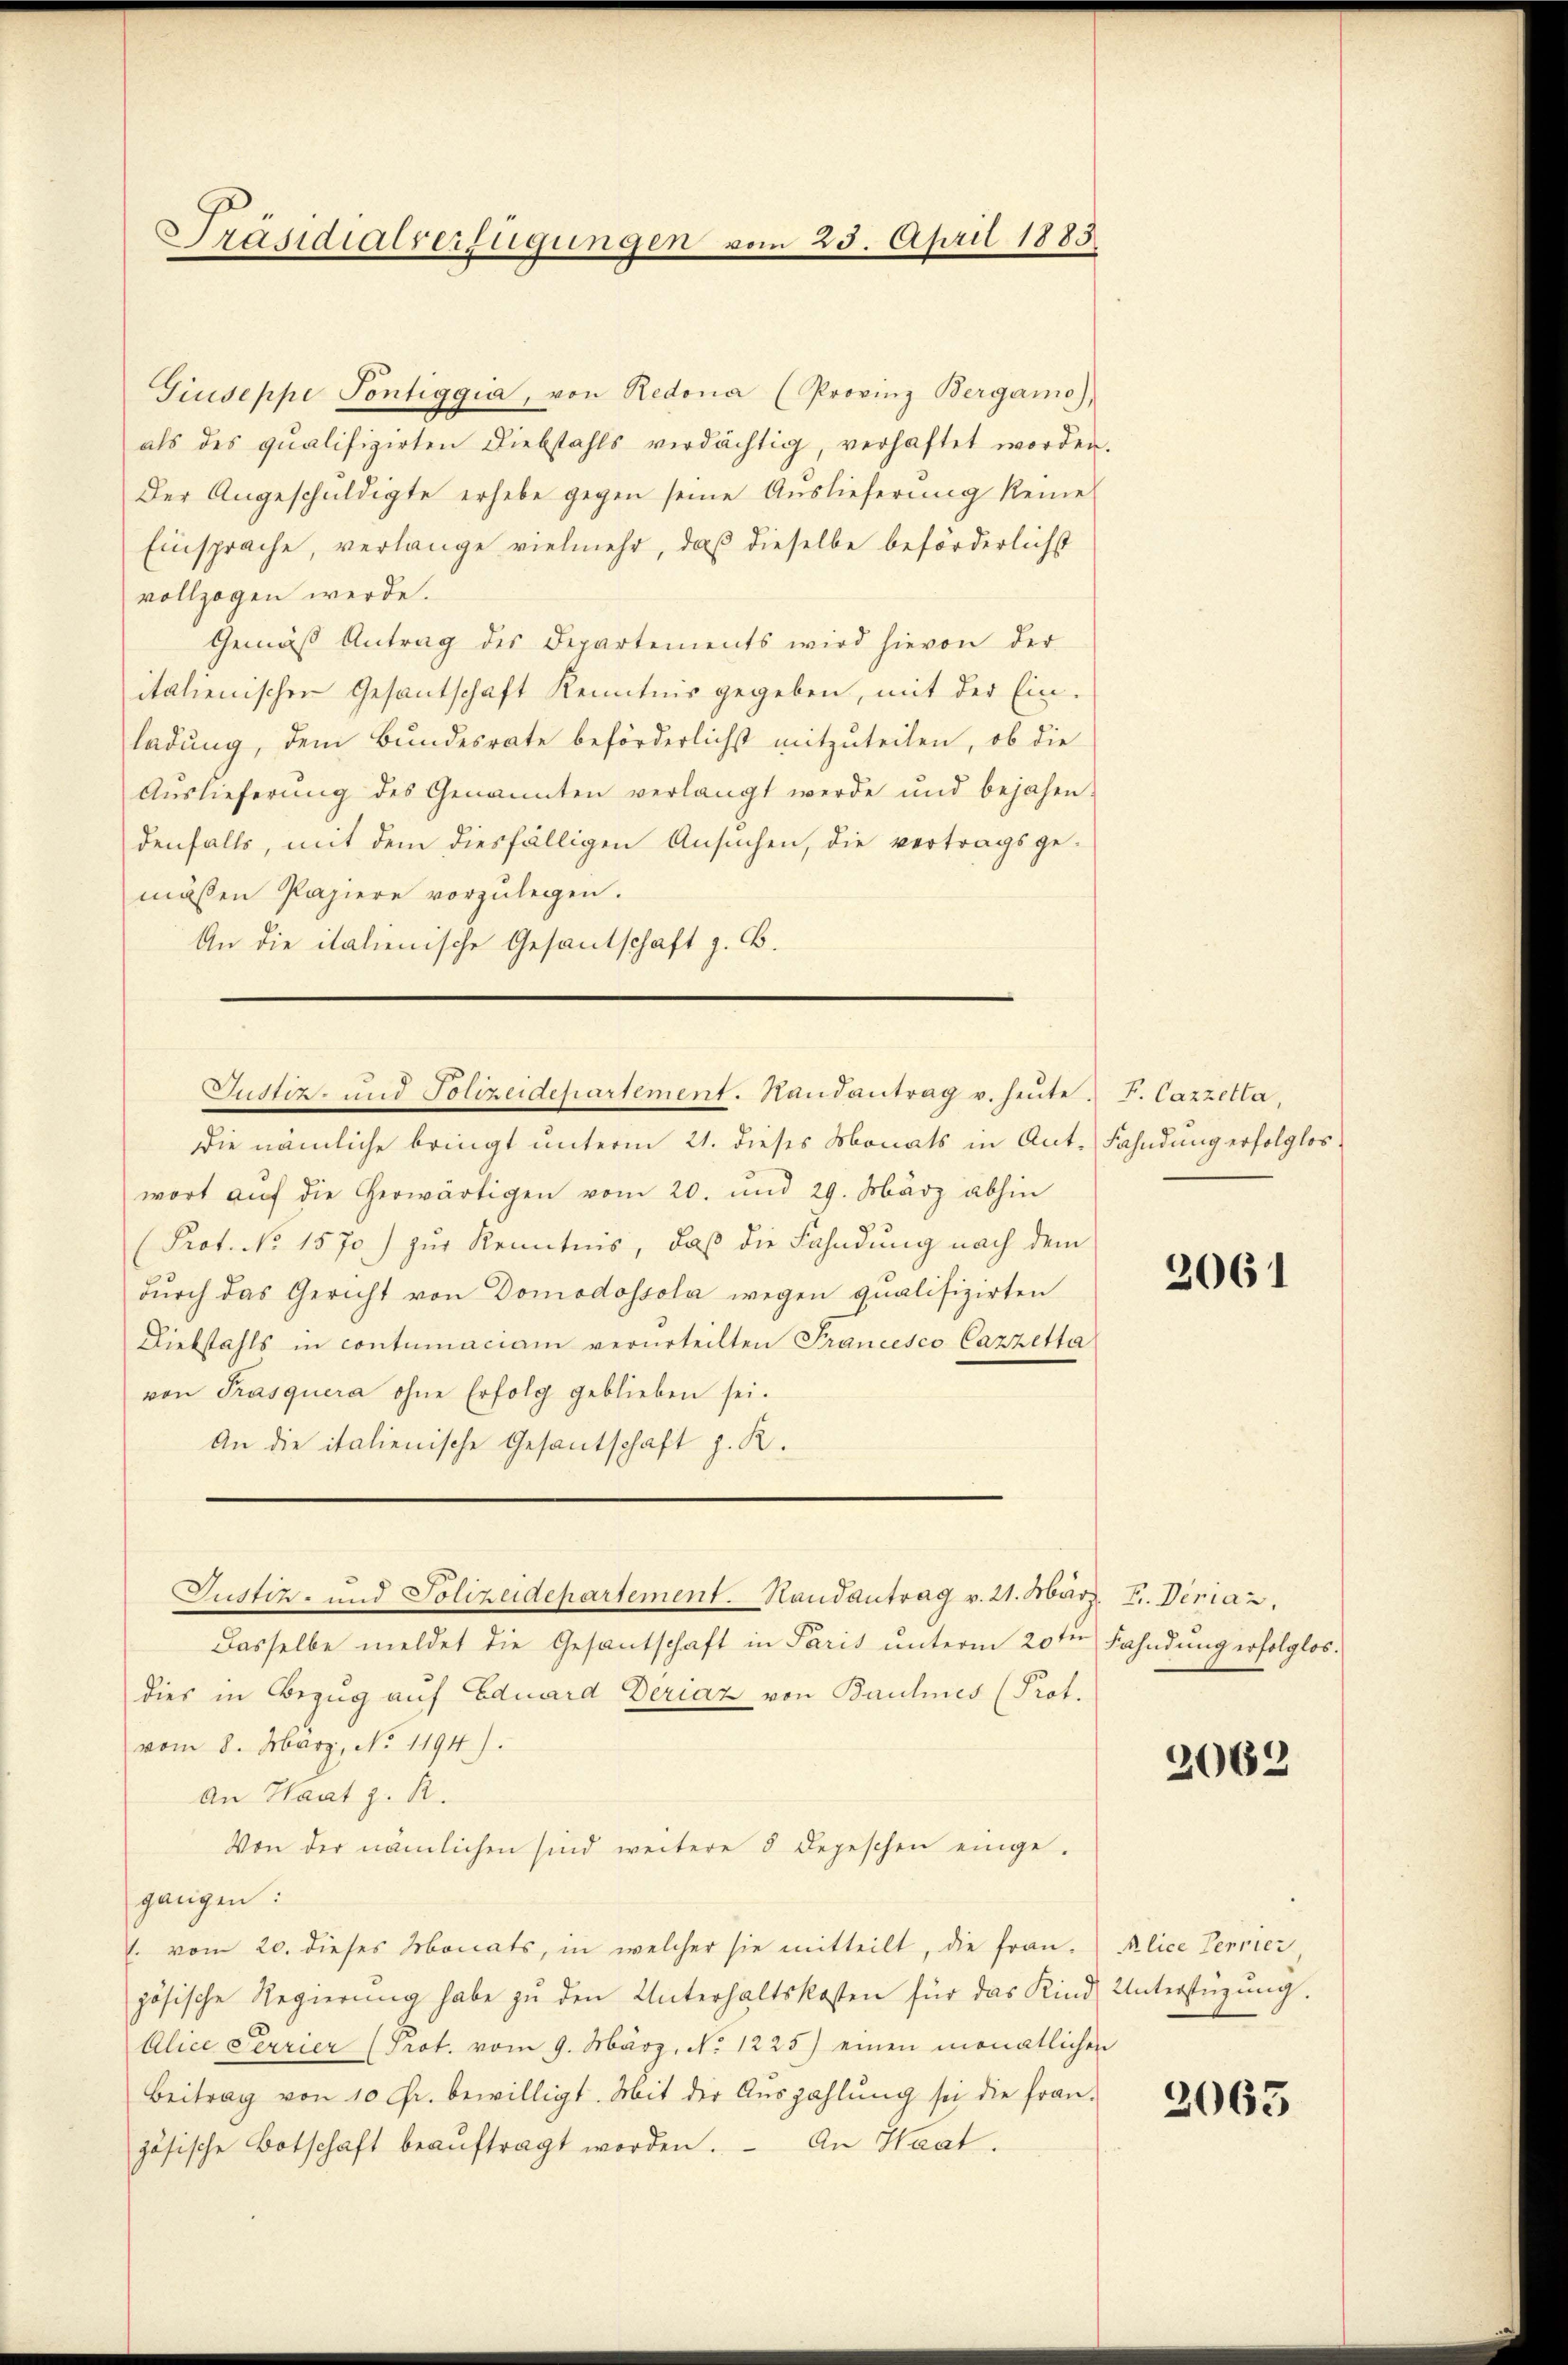
Präsidialverfügungen vom 25. April 1883

Giuseppe Pontiggia, von Redona (Provinz Bergamo),
als des qualifizirten Diebstahls verdächtig, verhaftet worden.
Der Angeschuldigte erhebe gegen seine Auslieferung keine
Einsprache, verlange vielmehr, daß dieselbe beförderlichst
vollzogen werde.
Gemäß Antrag des Departements wird hievon der
italienischen Gesantschaft Kenntnis gegeben, mit der Ein-
ladung, dem Bundesrate beförderlichst mitzuteilen, ob die
Auslieferung des Genannten verlangt werde und bejahen
denfalls, mit dem diesfälligen Ansuchen, die vertragsge-
mäßen Papiere vorzulegen.
An die italienische Gesandschaft z. B.
Die nämliche bringt unterm 21. dieses Monats in Ant. Fahndung erfolglos
wort aŭf die herwärtigen vom 20. und 29. März abhin
(Prot. No. 1570) zur Kenntnis, daß die Fahndung nach dem
dŭrch das Gericht von Domodossola wegen qualifizirten
Diebstahls in contumaciam verurteilten Prancesco Cazzetta
von Prasquera ohne Erfolg geblieben sei.
An die italienische Gesantschaft z. R.
Justiz- und Polizeidepartement. Randantrag v. 21. März. 7. Diriaz,
Dasselbe meldet die Gesantschaft in Paris unterm 20ten Fahndung erfolglos.
dies in Bezug auf Eduard Deriaz von Baulines (Prot.
vom 8. März, No. 1194).
An Haat z. R.
Von der nämlichen sind weitere 5 Depeschen einge-
gangen:
l. vom 20. dieses Monats, in welcher sie mitteilt, die fran-
zösische Regierŭng habe zŭ den Unterhaltskosten für das Kind Unterstüzung.
Alice Perrier (Prot. vom 9. März, No. 1225) einen monatlichen
Beitrag von 10 Fr. bewilligt. Mit der Aŭszahlŭng sei die fran-
zösische Botschaft beaŭftragt worden. An Haat.

Sudtiz- und Polizeidepartement. Randantrag u. heŭte. F. Cazzella,

2061

2069

Alice Perrier,

2065